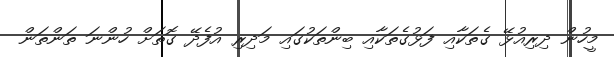
މީހުން ދިރިއުޅޭ ގެތަކާއި ފަޅުގެތަކާއި ބިންތަކުގައި މަދިރި އުފެދޭ ގޮތަށް ހުންނަ ތަންތަން